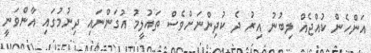
އަންހެން ކުއްޖެއް ލިބުނު އިރު ދެ ކުދިންނަށްވެސް ތައުލީމު އުގަންނައި ދިނުމުގައި އާންވަނީ